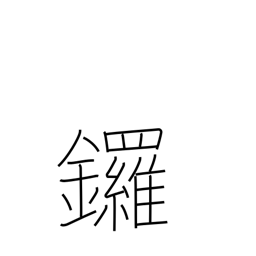
Meaning: gong